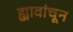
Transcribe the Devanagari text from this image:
ह्यावांचून